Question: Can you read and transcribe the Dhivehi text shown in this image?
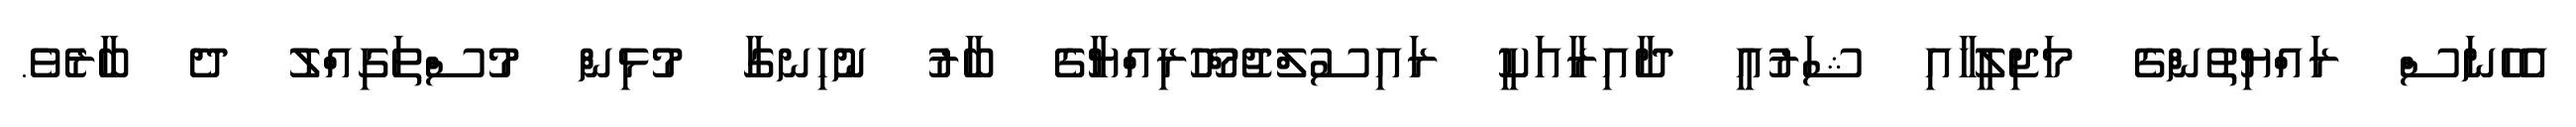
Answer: އެހެނަސް ރައްޔިތުންގެ މަޖިލީހާއި ޝަރުއީ ދާއިރާއަކީ ރައިސުލްޖުމްހޫރިއްޔާގެ ބާރު ނުހިނގާ މުޅިން މުސްތަގިއްލު ދެ ބާރެވެ.